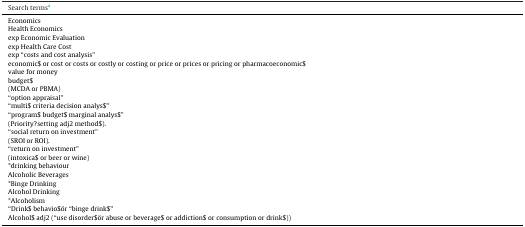
<table><thead><tr><td><b>Search termsa</b></td></tr></thead><tbody><tr><td>Economics</td></tr><tr><td>Health Economics</td></tr><tr><td>exp Economic Evaluation</td></tr><tr><td>exp Health Care Cost</td></tr><tr><td>exp “costs and cost analysis”</td></tr><tr><td>economic$ or cost or costs or costly or costing or price or prices or pricing or pharmacoeconomic$</td></tr><tr><td>value for money</td></tr><tr><td>budget$</td></tr><tr><td>(MCDA or PBMA)</td></tr><tr><td>“option appraisal”</td></tr><tr><td>“multi$ criteria decision analys$&quot;</td></tr><tr><td>“program$ budget$ marginal analys$”</td></tr><tr><td>(Priority?setting adj2 method$).</td></tr><tr><td>“social return on investment”</td></tr><tr><td>(SROI or ROI).</td></tr><tr><td>“return on investment”</td></tr><tr><td>(intoxica$ or beer or wine)</td></tr><tr><td>*drinking behaviour</td></tr><tr><td>Alcoholic Beverages</td></tr><tr><td>*Binge Drinking</td></tr><tr><td>Alcohol Drinking</td></tr><tr><td>*Alcoholism</td></tr><tr><td>“Drink$ behavio$&quot; or “binge drink$&quot;</td></tr><tr><td>Alcohol$ adj2 (“use disorder$&quot; or abuse or beverage$ or addiction$ or consumption or drink$))</td></tr></tbody></table>